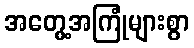
အတွေ့အကြုံများစွာ